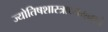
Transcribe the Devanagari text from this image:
ज्योतिषशास्त्राध्ययनाचे